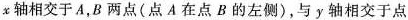
x轴相交于A，B两点(点A在点B的左侧)，与y轴相交于点